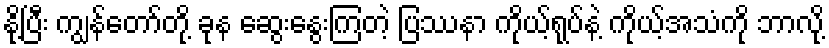
နို့ပြီး ကျွန်တော်တို့ ခုန ဆွေးနွေးကြတဲ့ ပြဿနာ ကိုယ့်ရုပ်နဲ့ ကိုယ့်အသံကို ဘာလို့